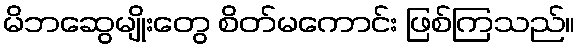
မိဘဆွေမျိုးတွေ စိတ်မကောင်း ဖြစ်ကြသည်။